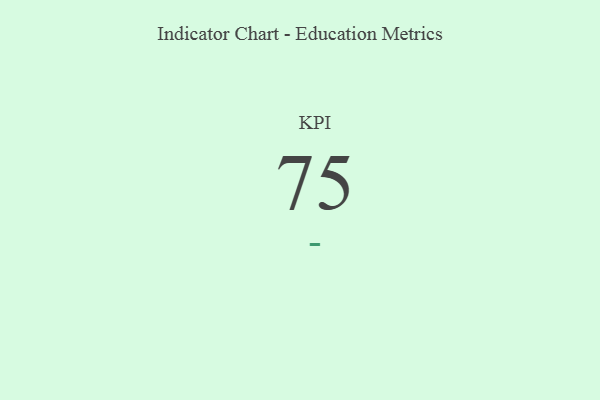
{"axis": {"x": "KPI", "y": "Value"}, "legend": [""], "data": [{"x": "KPI", "y": 75, "type": ""}]}